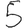
Digit: 5